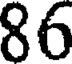
86